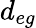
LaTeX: d_{eg}